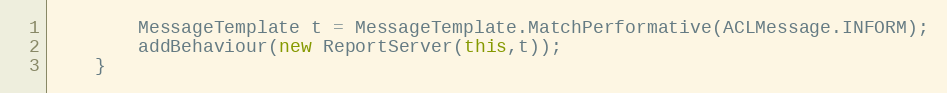
Language: Java
		MessageTemplate t = MessageTemplate.MatchPerformative(ACLMessage.INFORM);
		addBehaviour(new ReportServer(this,t));
	}